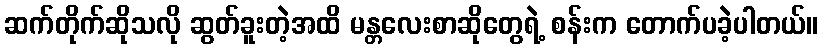
ဆက်တိုက်ဆိုသလို ဆွတ်ခူးတဲ့အထိ မန္တလေးစာဆိုတွေရဲ့ စန်းက တောက်ပခဲ့ပါတယ်။